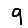
Digit: 9